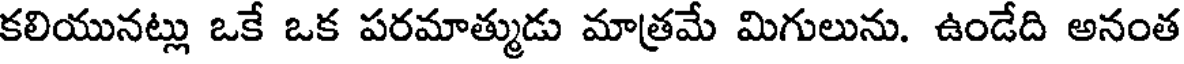
కలియునట్లు ఒకే ఒక పరమాత్ముడు మాత్రమే మిగులును. ఉండేది అనంత